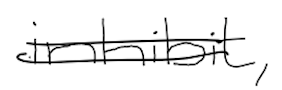
Text: inhibit,
Cross-out: double-line
Writing tool: digital_black